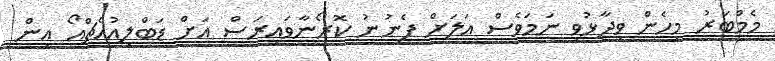
މެމްބަރު މިހެން ވިދާޅުވި ނަމަވެސް އަލަށް ފެނުނު ކޮރޯނާވައިރަސް އަށް ޑަބްލިއުއެޗްއޯ އިން